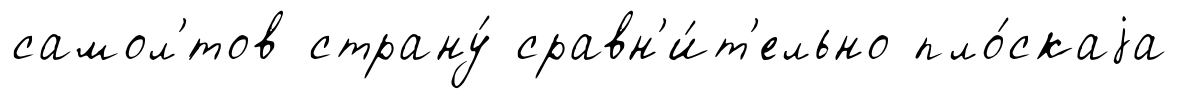
самол'́тов страну́ сравн'и́т'ельно пло́скаjа